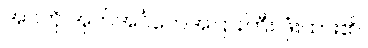
အဝကို အုတ်အင်္ဂတေအပြားကြီး ဖုံးထား၏။